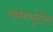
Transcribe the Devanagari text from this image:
सब्स्केप्युलेरिस